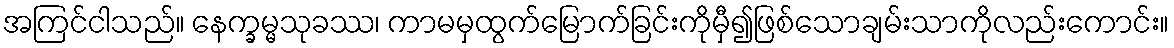
အကြင်ငါသည်။ နေက္ခမ္မသုခဿ၊ ကာမမှထွက်မြောက်ခြင်းကိုမှီ၍ဖြစ်သောချမ်းသာကိုလည်းကောင်း။